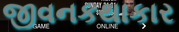
જીવનકથાકાર